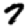
Digit: 7